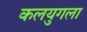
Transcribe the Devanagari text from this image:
कलयुगला